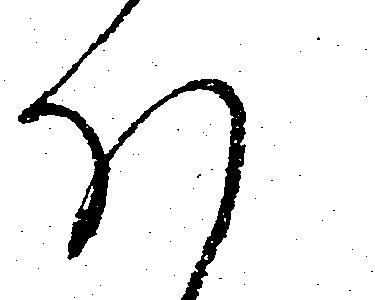
ほ